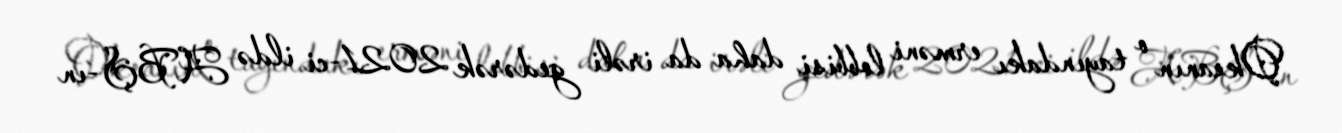
Okeanın o tayındakı erməni lobbisi daha da irəli gedərək 2021-ci ildə ABŞ-ın